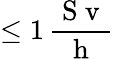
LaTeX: \leq 1\, \frac{\mathrm{~S~v~}}{\mathrm{~h~}}